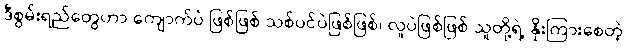
ဒီစွမ်းရည်တွေဟာ ကျောက်ပဲ ဖြစ်ဖြစ် သစ်ပင်ပဲဖြစ်ဖြစ်၊ လူပဲဖြစ်ဖြစ် သူတို့ရဲ့ နိုးကြားစေတဲ့